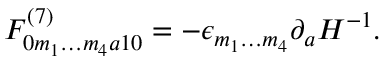
F _ { 0 m _ { 1 } \ldots m _ { 4 } a 1 0 } ^ { ( 7 ) } = - \epsilon _ { m _ { 1 } \ldots m _ { 4 } } \partial _ { a } H ^ { - 1 } .